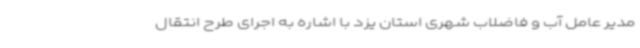
مدیر عامل آب و فاضلاب شهری استان یزد با اشاره به اجرای طرح انتقال